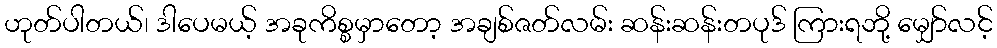
ဟုတ်ပါတယ်၊ ဒါပေမယ့် အခုကိစ္စမှာတော့ အချစ်ဇတ်လမ်း ဆန်းဆန်းတပုဒ် ကြားရဘို့ မျှော်လင့်